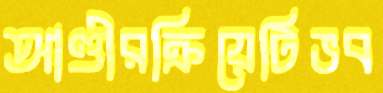
আণ্ডীরক্রিয়েটিভব